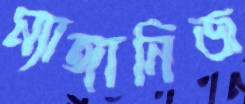
ম্যাঙ্গানিজ